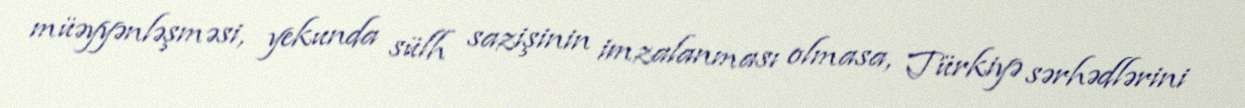
müəyyənləşməsi, yekunda sülh sazişinin imzalanması olmasa, Türkiyə sərhədlərini